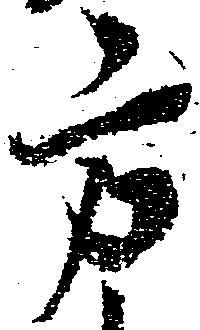
方